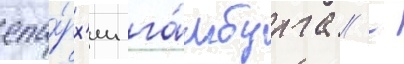
епа́рх'ии га́мбурга // -